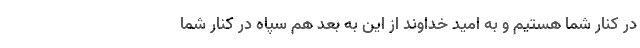
در کنار شما هستیم و به امید خداوند از این به بعد هم سپاه در کنار شما